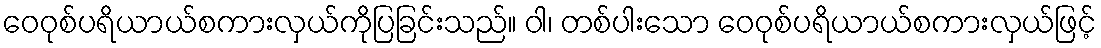
ဝေဝုစ်ပရိယာယ်စကားလှယ်ကိုပြခြင်းသည်။ ဝါ၊ တစ်ပါးသော ဝေဝုစ်ပရိယာယ်စကားလှယ်ဖြင့်